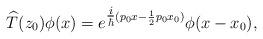
LaTeX: \begin{align*}\widehat{T}(z_{0})\phi(x)=e^{\tfrac{i}{\hbar}(p_{0}x-\frac{1}{2}p_{0}x_{0})}\phi(x-x_{0}),\end{align*}